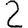
Digit: 2